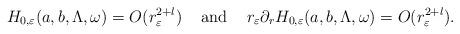
LaTeX: \begin{align*}H_{0,\varepsilon}(a,b,\Lambda,\omega)= O(r_\varepsilon^{2+l})\;\;\;\mbox{ and }\;\;\;r_\varepsilon\partial_r H_{0,\varepsilon}(a,b,\Lambda,\omega)= O(r_\varepsilon^{2+l}).\end{align*}